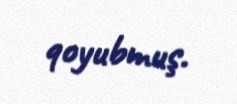
qoyubmuş.